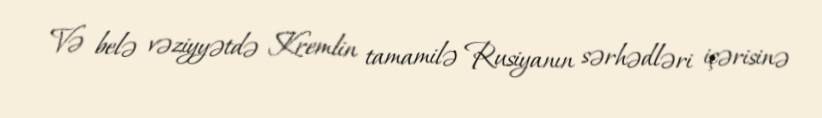
Və belə vəziyyətdə Kremlin tamamilə Rusiyanın sərhədləri içərisinə